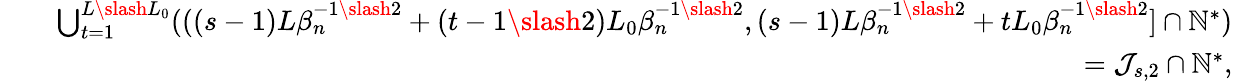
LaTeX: \begin{array}{rlr}&{}&{\bigcup_{t=1}^{L\slash L_{0}}(((s-1)L\beta_{n}^{-1\slash 2}+(t-1\slash 2)L_{0}\beta_{n}^{-1\slash 2},(s-1)L\beta_{n}^{-1\slash 2}+tL_{0}\beta_{n}^{-1\slash 2}]\cap\mathbb{N}^{*})}\\ &{}&{=\mathcal{J}_{s,2}\cap\mathbb{N}^{*},}\end{array}